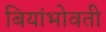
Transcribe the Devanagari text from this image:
बियांभोवती